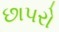
છાપરો